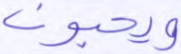
ويحبون